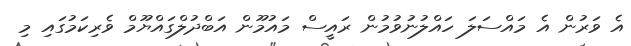
އެ ވަރުން އެ މައްސަލަ ހައްލުނުވުމުން ރައީސް މައުމޫން އަބްދުލްގައްޔޫމް ވެރިކަމުގައި މި